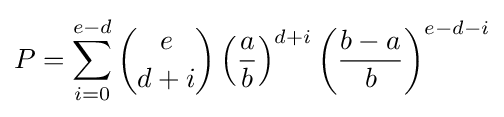
P=\sum _{i=0}^{e-d}{\binom {e}{d+i}}\left({\frac {a}{b}}\right)^{d+i}\left({\frac {b-a}{b}}\right)^{e-d-i}